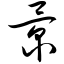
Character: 景